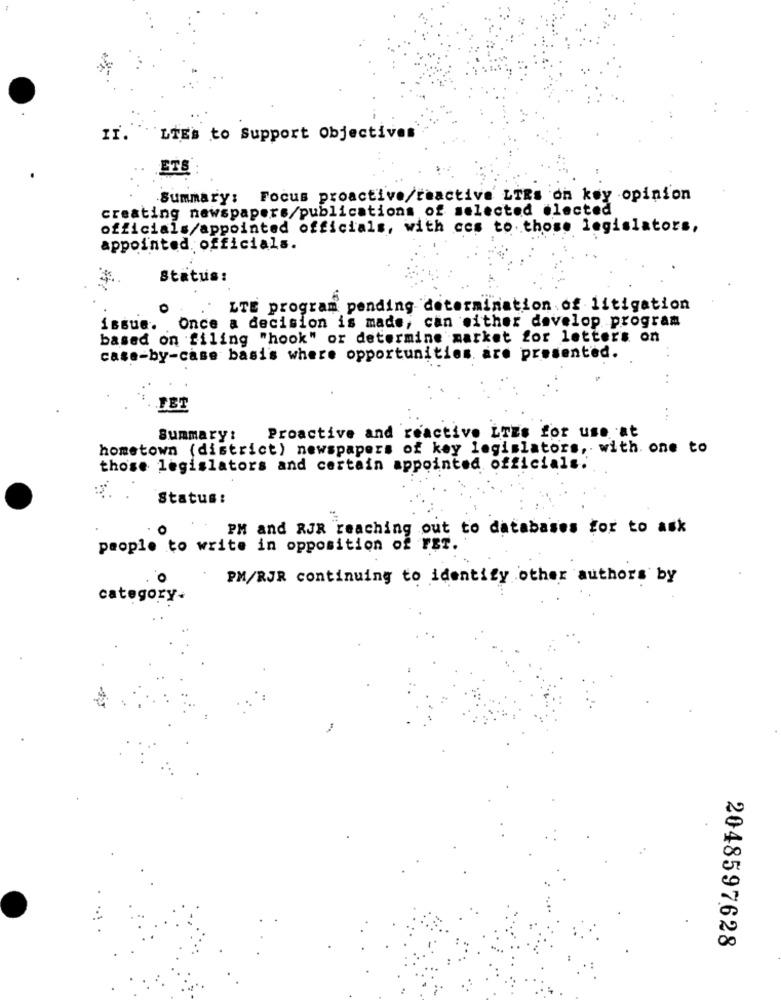
LTEs to Support Objectives
ETS
Summary: Focus proactive/reactive LTRs on key opinion
creating newspapers/publications of selected elected
officials/appointed officials, with ces to those legislators,
appointed officials.
Status:
LTE program pending determination of litigation
issue. Once a decision is made, can either develop program
based on filing "hook" or determine market for letters on
case-by-case basis where opportunities. are presented.
FET
. ..
Proactive and reactive LrEs for use at
Summary:
hometown (district) newspapers of key legislators, with. one to
those legislators and certain appointed officials.
Status:
PM and RJR reaching out to databases for to ask
people to write in opposition of FET.
PM/RJR continuing to identify other authors by
category.
2048597628